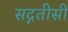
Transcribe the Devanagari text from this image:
सद्गतीसी